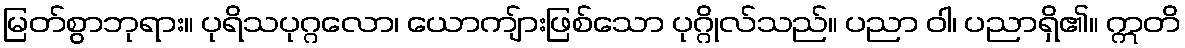
မြတ်စွာဘုရား။ ပုရိသပုဂ္ဂလော၊ ယောကျ်ားဖြစ်သော ပုဂ္ဂိုလ်သည်။ ပညာ ဝါ၊ ပညာရှိ၏။ ဣတိ